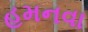
હમનવા